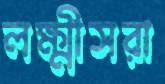
লক্ষ্মীসরা